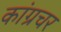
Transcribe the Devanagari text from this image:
कांग्रचर